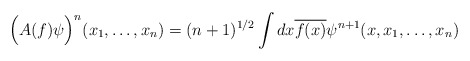
\begin{align*}\Big(A(f)\psi\Big)^n(x_1,\ldots,x_n)=(n+1)^{1/2}\int dx\overline{f(x)}\psi^{n+1}(x,x_1,\ldots,x_n)\end{align*}